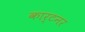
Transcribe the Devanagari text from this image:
कार्टनर